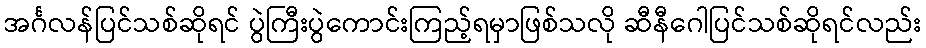
အင်္ဂလန်ပြင်သစ်ဆိုရင် ပွဲကြီးပွဲကောင်းကြည့်ရမှာဖြစ်သလို ဆီနီဂေါပြင်သစ်ဆိုရင်လည်း